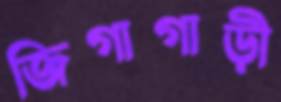
জিগাগাড়ী